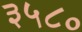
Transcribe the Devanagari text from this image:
३५८०